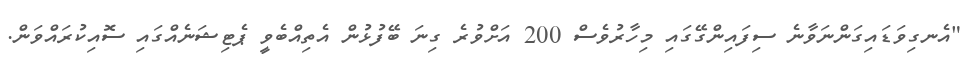
"އެނގިވަޑައިގަންނަވާނެ ސިފައިންގޭގައި މިހާރުވެސް 200 އަށްވުރެ ގިނަ ބޭފުޅުން އެތިއްބެވީ ޕެޓިޝަނެއްގައި ސޮއިކުރައްވަން.